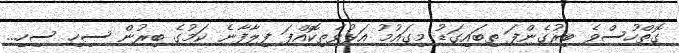
ގޮތްހުސްވެ ބިރުގެންފަ ތިބައިގަޑު މިގައުމު އަޅުވެތިކޮއްފަ ފިލާފާނެ ކަމުގެ ބިރުން ސިހި ސިހި...